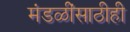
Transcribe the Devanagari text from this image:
मंडळींसाठीही